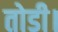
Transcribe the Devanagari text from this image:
तोडी।